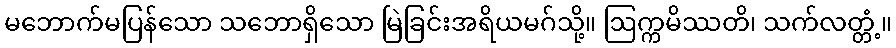
မဘောက်မပြန်သော သဘောရှိသော မြဲခြင်းအရိယမဂ်သို့။ ဩက္ကမိဿတိ၊ သက်လတ္တံ့။